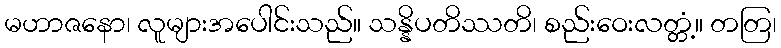
မဟာဇနော၊ လူများအပေါင်းသည်။ သန္နိပတိဿတိ၊ စည်းဝေးလတ္တံ့။ တတြ၊